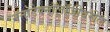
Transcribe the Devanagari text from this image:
नॅनोटेक्नॉलॉजीवरील